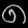
Digit: ၈